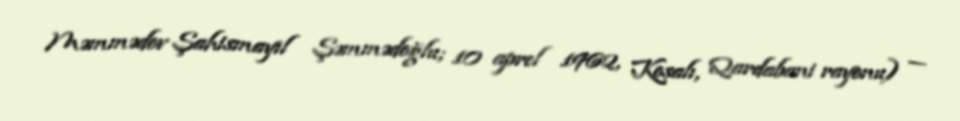
Məmmədov Şahismayıl Şəmmədoğlu; 10 aprel 1962, Kosalı, Qardabani rayonu) —